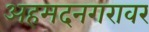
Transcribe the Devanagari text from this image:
अहमदनगरावर